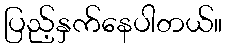
ပြည့်နှက်နေပါတယ်။